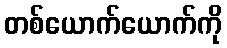
တစ်ယောက်ယောက်ကို